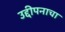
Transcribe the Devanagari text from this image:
उद्दीपनाचा